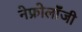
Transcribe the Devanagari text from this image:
नेफ्रोलॉंजी